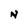
Character: N